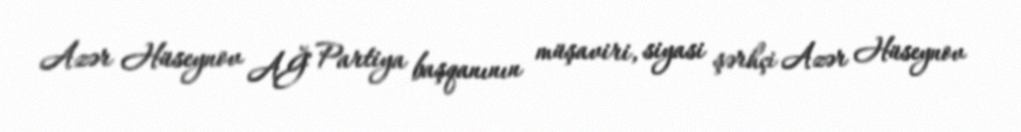
Azər Hüseynov AĞ Partiya başqanının müşaviri, siyasi şərhçi Azər Hüseynov